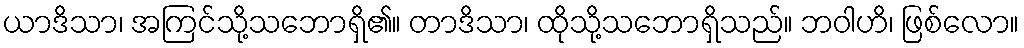
ယာဒိသာ၊ အကြင်သို့သဘောရှိ၏။ တာဒိသာ၊ ထိုသို့သဘောရှိသည်။ ဘဝါဟိ၊ ဖြစ်လော။